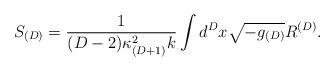
LaTeX: \begin{align*} S_{(D)} = \frac{1}{(D-2)\kappa_{(D+1)}^2 k} \int d^{D}x \sqrt{-g_{(D)}} R^{(D)}.\end{align*}